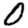
Digit: 0